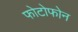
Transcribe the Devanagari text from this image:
फोटोफोन